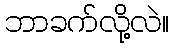
ဘာခက်လို့လဲ။